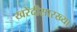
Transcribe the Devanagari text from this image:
खरेदीसारख्या